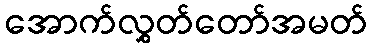
အောက်လွှတ်တော်အမတ်